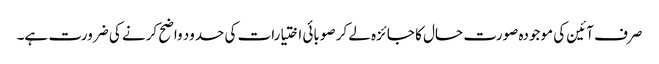
صرف آئین کی موجودہ صورت حال کا جائزہ لے کر صوبائی اختیارات کی حدود واضح کرنے کی ضرورت ہے۔